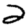
Digit: 2